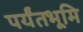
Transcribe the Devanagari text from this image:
पर्यंतभूमि